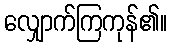
လျှောက်ကြကုန်၏။